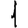
Digit: 1